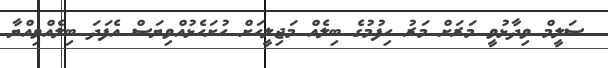
ސަލީމް ވިދާޅުވީ މަރަށް މަރު ހިފުމުގެ ބިލެއް މަޖިލީހަށް ހުށަހެޅުއްވިޔަސް އެފަދަ ބިލެއްވިއްޔާ